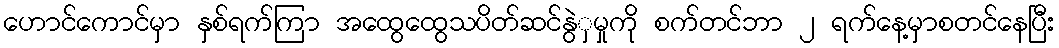
ဟောင်ကောင်မှာ နှစ်ရက်ကြာ အထွေထွေသပိတ်ဆင်နွဲှမှုကို စက်တင်ဘာ ၂ ရက်နေ့မှာစတင်နေပြီး